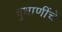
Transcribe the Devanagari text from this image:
बुधाणींचे